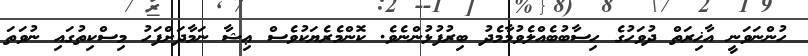
ހުންނަވަނީ އާޚިރަތް ދުވަހުގެ ހިސާބުބެއްލެވުމާމެދު ބިރުފުޅުންނެވެ. ކޮންމެރެޔަކުވެސް ޢިޝާ ނަމާދަށްފަހު މިސްކިތުގައި ނުވަތަ